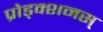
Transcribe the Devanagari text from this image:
प्रोड्क्शनस्